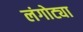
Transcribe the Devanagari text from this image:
लंगोट्या